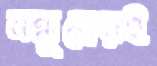
বন্ধুত্বেরই